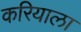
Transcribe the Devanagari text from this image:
करियाला